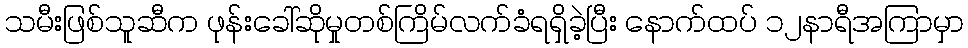
သမီးဖြစ်သူဆီက ဖုန်းခေါ်ဆိုမှုတစ်ကြိမ်လက်ခံရရှိခဲ့ပြီး နောက်ထပ် ၁၂နာရီအကြာမှာ